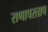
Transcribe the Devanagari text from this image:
राणापरताप